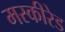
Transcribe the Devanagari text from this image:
मस्कीरेड